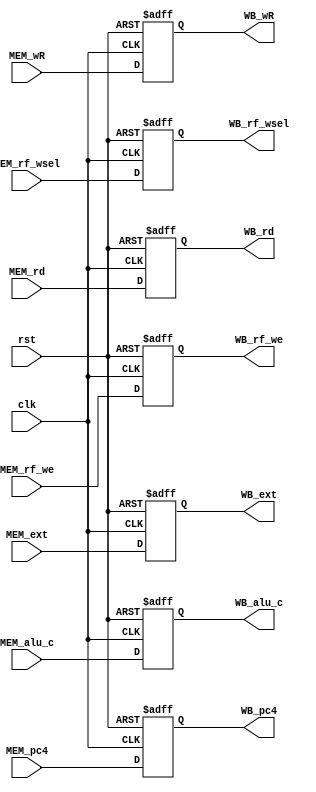
module MEM_WB(
  input wire clk,
  input wire rst,
  
  input wire MEM_rf_we,
  input wire[1:0] MEM_rf_wsel,
  input wire[4:0] MEM_wR,
  input wire[31:0] MEM_pc4,
  input wire[31:0] MEM_alu_c,
  input wire[31:0] MEM_rd,
  input wire[31:0] MEM_ext,

  output reg WB_rf_we,
  output reg[1:0] WB_rf_wsel,
  output reg[4:0] WB_wR,
  output reg[31:0] WB_pc4,
  output reg[31:0] WB_alu_c,
  output reg[31:0] WB_rd,
  output reg[31:0] WB_ext
);

always @(posedge clk or posedge rst) begin
  if(rst) WB_rf_we <= 0;
  else WB_rf_we <= MEM_rf_we;
end

always @(posedge clk or posedge rst) begin
  if(rst) WB_rf_wsel <= 0;
  else WB_rf_wsel <= MEM_rf_wsel;
end

always @(posedge clk or posedge rst) begin
  if(rst) WB_wR <= 0;
  else WB_wR <= MEM_wR;
end

always @(posedge clk or posedge rst) begin
  if(rst) WB_pc4 <= 0;
  else WB_pc4 <= MEM_pc4;
end

always @(posedge clk or posedge rst) begin
  if(rst) WB_alu_c <= 0;
  else WB_alu_c <= MEM_alu_c;
end

always @(posedge clk or posedge rst) begin
  if(rst) WB_rd <= 0;
  else WB_rd <= MEM_rd;
end

always @(posedge clk or posedge rst) begin
  if(rst) WB_ext <= 0;
  else WB_ext <= MEM_ext;
end

endmodule